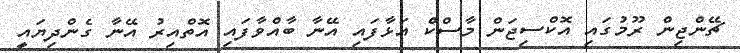
ޗޭންޖިން ރޫމުގައި އޮކްސިޖަން މާސްކް އަޅާފައި އޭނާ ބާއްވާފައި އޮތްއިރު އޭނާ ގެންދިޔައީ